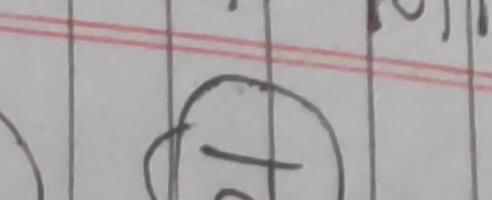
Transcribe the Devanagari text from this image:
७